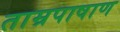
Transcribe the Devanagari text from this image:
ताम्रपाषाण